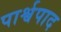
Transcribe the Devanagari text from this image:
पार्श्वपाद